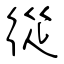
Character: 從